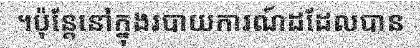
។ប៉ុន្តែនៅក្នុងរបាយការណ៍ដដែលបាន